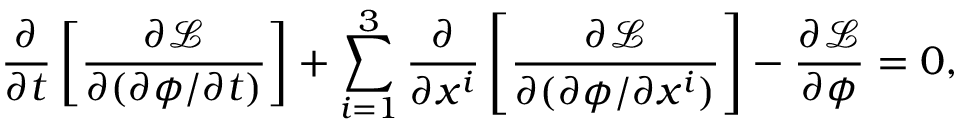
{ \frac { \partial } { \partial t } } \left[ { \frac { \partial { \mathcal { L } } } { \partial ( \partial \phi / \partial t ) } } \right] + \sum _ { i = 1 } ^ { 3 } { \frac { \partial } { \partial x ^ { i } } } \left[ { \frac { \partial { \mathcal { L } } } { \partial ( \partial \phi / \partial x ^ { i } ) } } \right] - { \frac { \partial { \mathcal { L } } } { \partial \phi } } = 0 ,